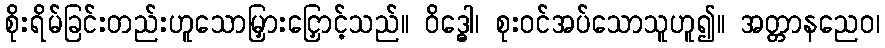
စိုးရိမ်ခြင်းတည်းဟူသောမြှားငြှောင့်သည်။ ဝိဒ္ဓေါ၊ စုးဝင်အပ်သောသူဟူ၍။ အတ္တာနညေဝ၊